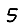
Digit: 5